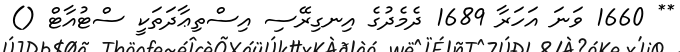
** 1660 ވަނަ އަހަރާ 1689 ދެމެދުގެ އިނގިރޭސި އިސްތިޢާދަތަކީ ސްޓުއާޓް ()